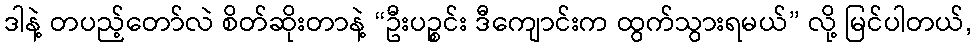
ဒါနဲ့ တပည့်တော်လဲ စိတ်ဆိုးတာနဲ့ “ဦးပဉ္စင်း ဒီကျောင်းက ထွက်သွားရမယ်” လို့ မြင်ပါတယ်,